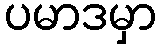
ပမာဒမှာ